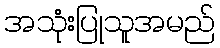
အသုံးပြုသူအမည်